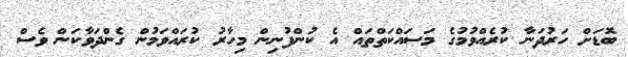
ބޮޑަށް ހަރުދަނާ ކުރެއްވުމުގެ މަސައްކަތްތައް އެ ކުންފުނިން މިހާރު ކުރައްވަމުން ގެންދަވާކަން ވެސް